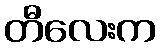
တီလေးက